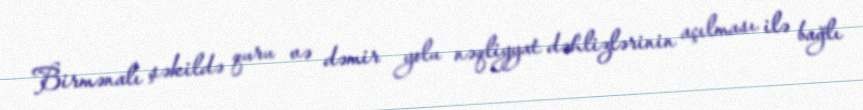
Birmənalı şəkildə quru və dəmir yolu nəqliyyat dəhlizlərinin açılması ilə bağlı